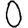
Digit: 0